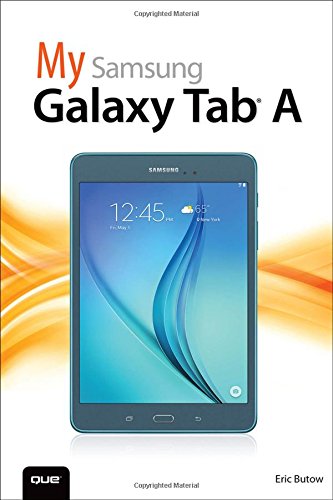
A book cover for My Samsung Galaxy Tab A; Eric Butow; Computers & Technology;